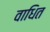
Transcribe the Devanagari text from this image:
वाधित